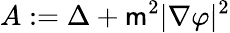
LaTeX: A:=\Delta+\mathsf{m}^{2}|\nabla\varphi|^{2}